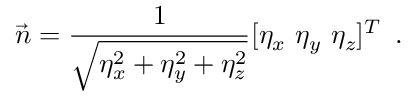
\vec { n } = \frac { 1 } { \sqrt { \eta _ { x } ^ { 2 } + \eta _ { y } ^ { 2 } + \eta _ { z } ^ { 2 } } } [ \eta _ { x } \ \eta _ { y } \ \eta _ { z } ] ^ { T } \, \mathrm { ~ . ~ }